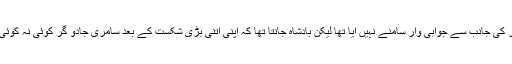
ابھی تک تو سامری جادو گر کی جانب سے جوابی وار سامنے نہیں آیا تھا لیکن بادشاہ جانتا تھا کہ اپنی اتنی بڑی شکست کے بعد سامری جادو گر کوئی نہ کوئی اوچھا وار ضرور کرے گا۔